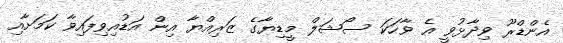
އެންޑްރޫ ވިދާޅުވީ އެ ވާހަކަ ސޯޝަލް މީޑިޔާގެ ޒަރިއްޔާ އިން އަޑުއިވިފައިވާ ކަމަށާއި